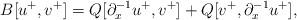
LaTeX: \begin{align*}B[u^+,v^+] = Q[\partial_x^{-1}u^+,v^+] + Q[v^+,\partial_x^{-1}u^+],\end{align*}